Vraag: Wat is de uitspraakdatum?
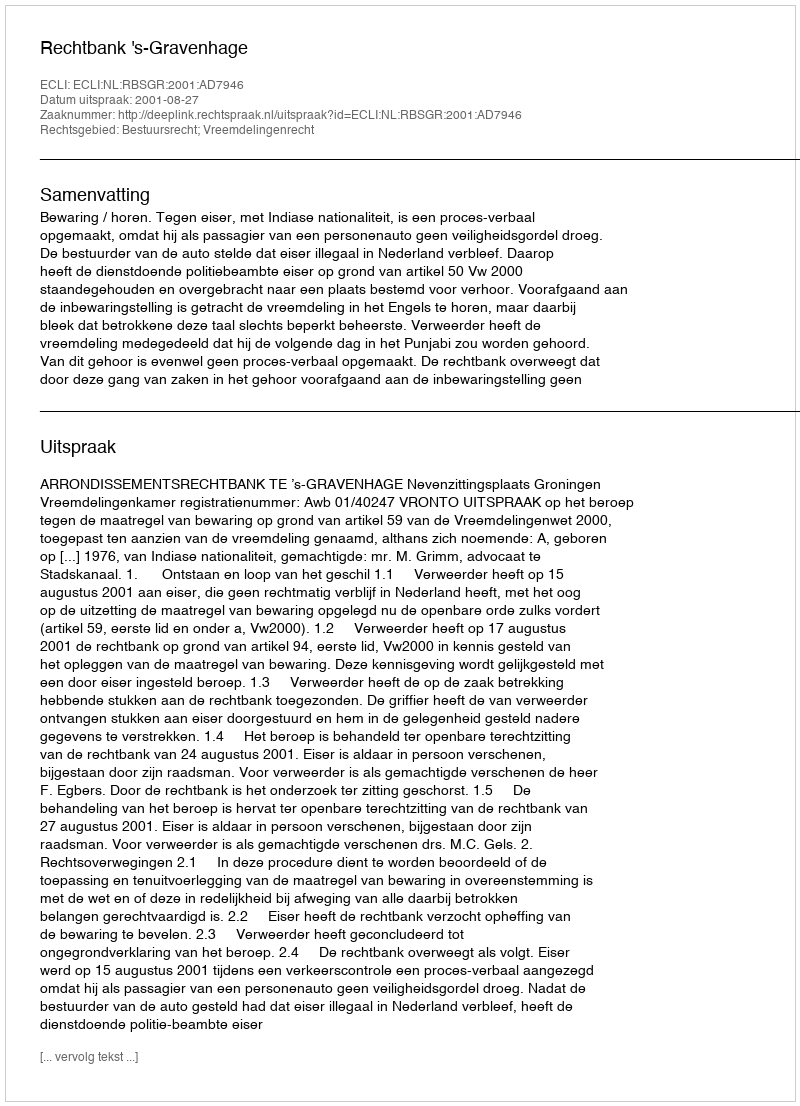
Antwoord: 2001-08-27